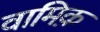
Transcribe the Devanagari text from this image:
वामिक़